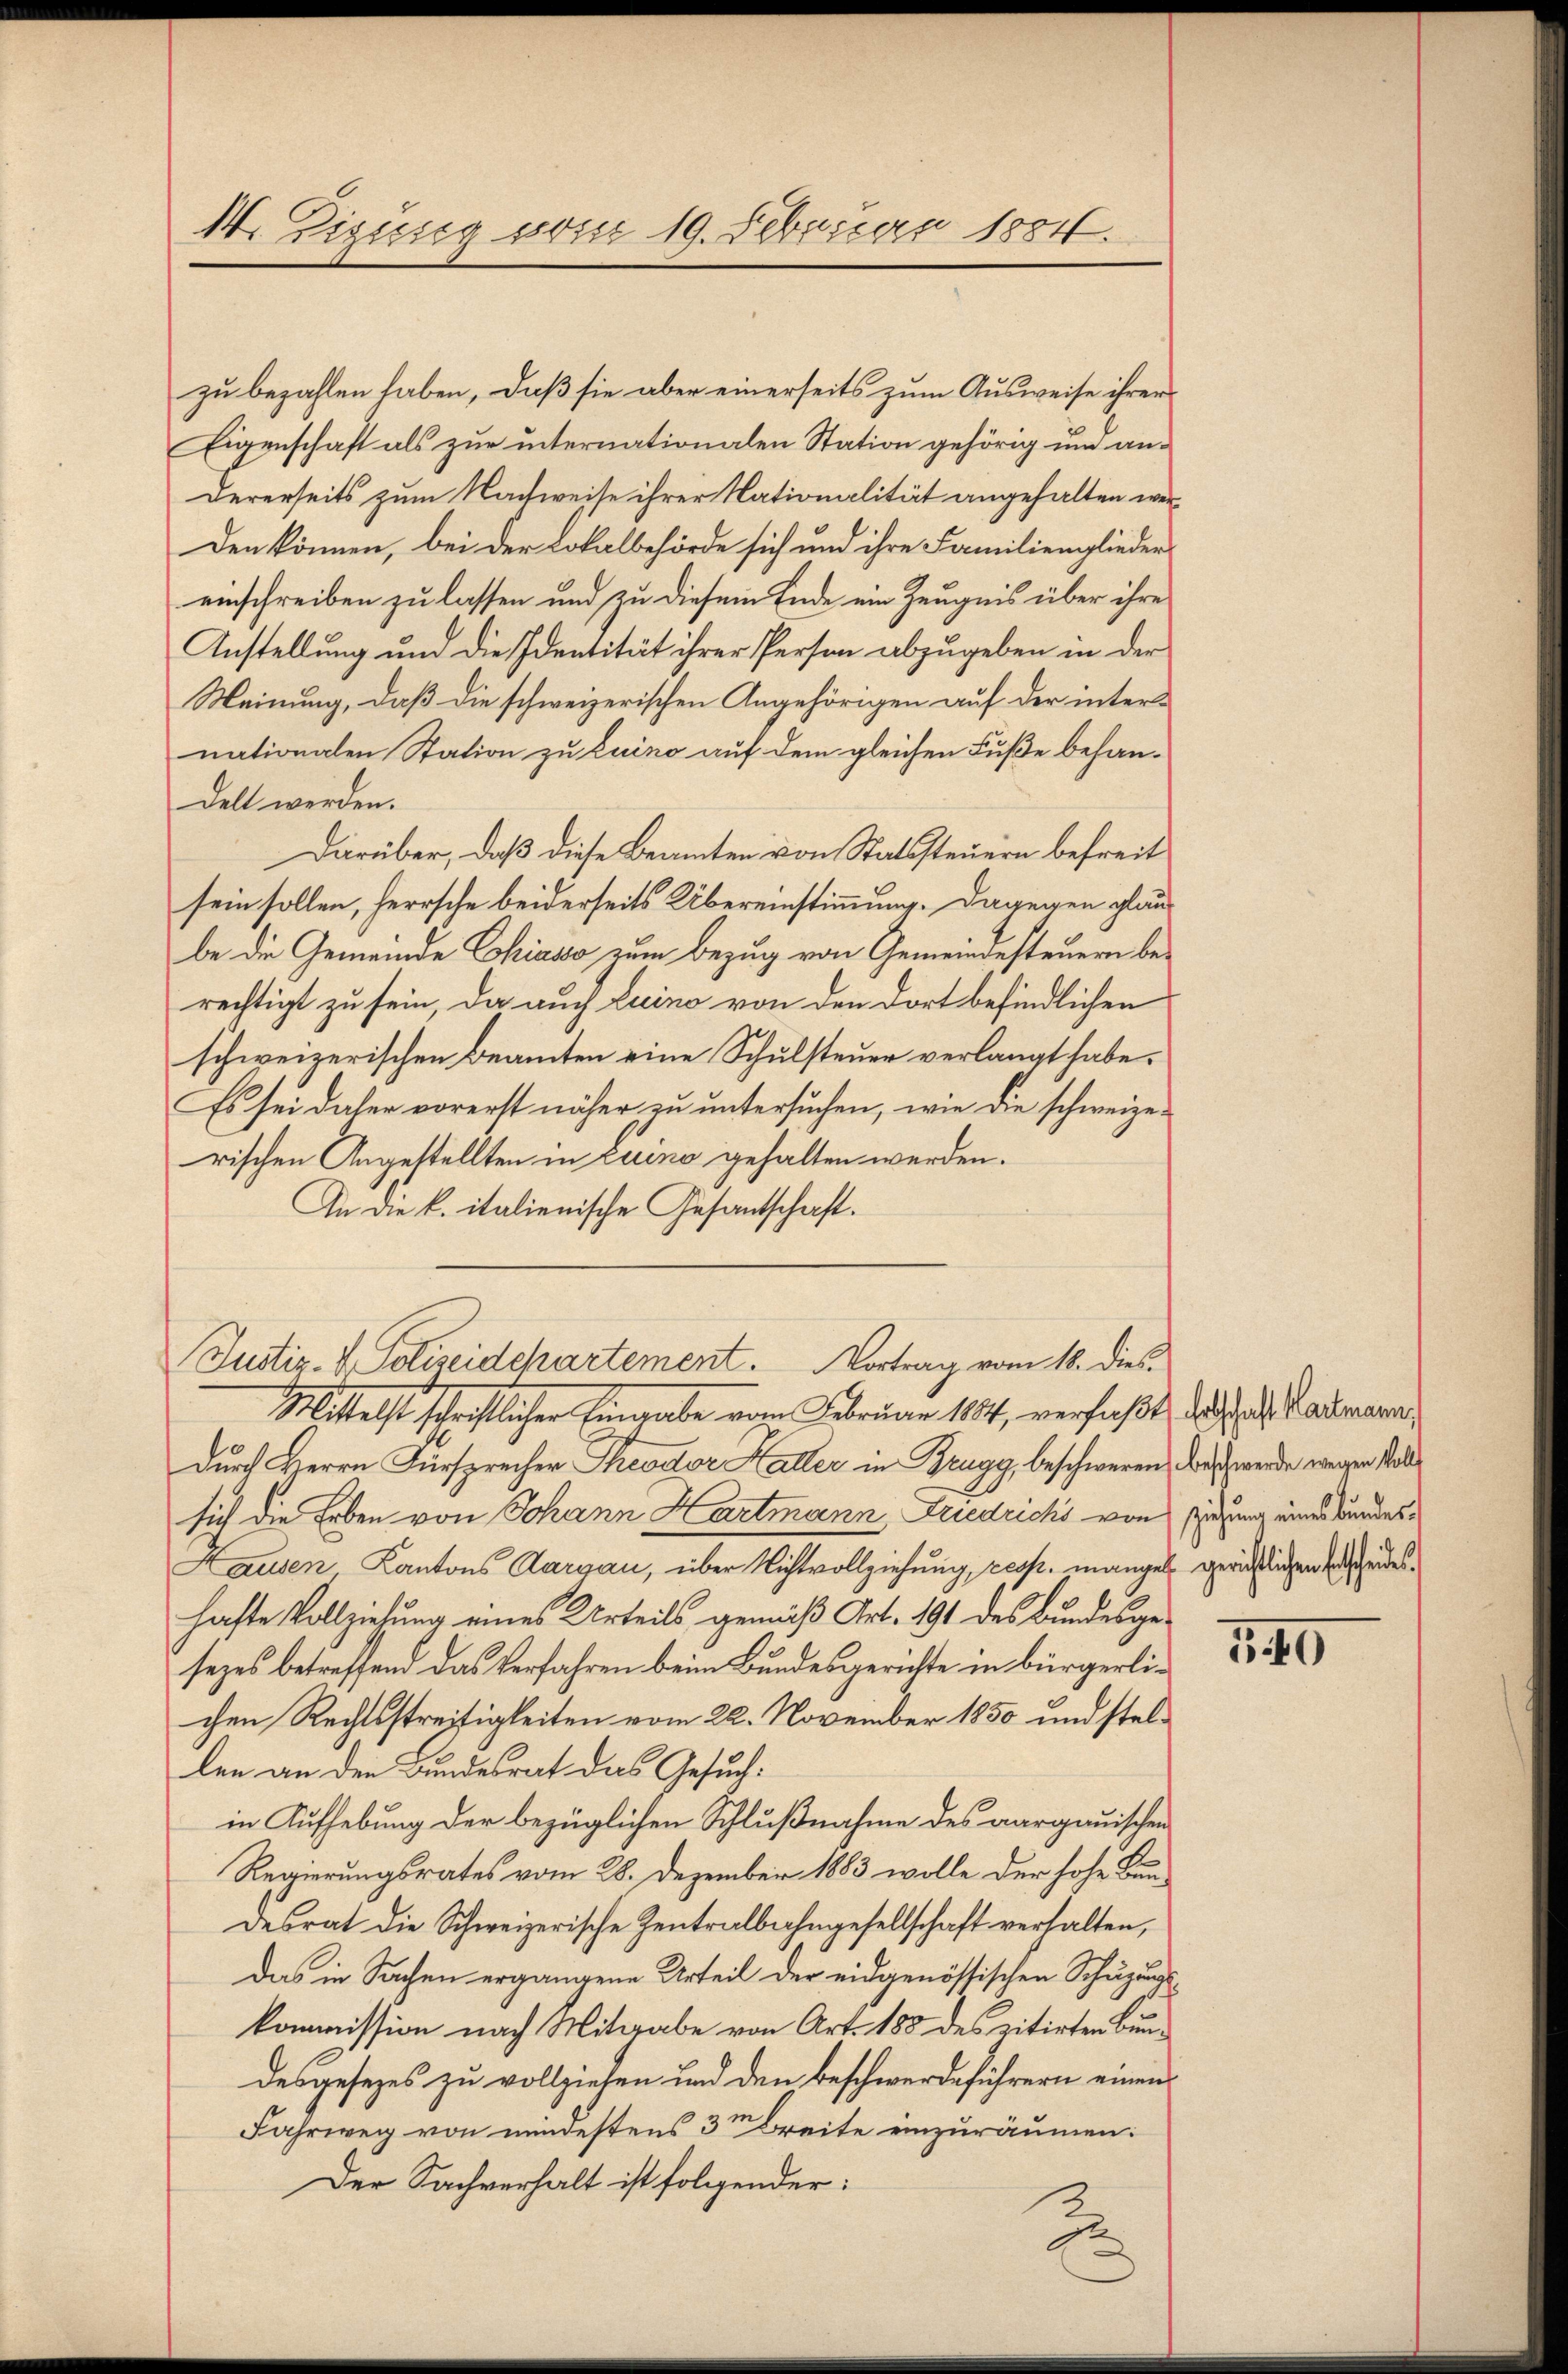
1. Zigung vom 19. Februar 1884.

zu bezahlen haben, daß sie aber einerseits zum Ausweise ihrer
Eigenschaft als zur internationalen Station gehörig und andererseits zum Nachweise ihrer Nationalität angehalten werden können, bei der Lokalbehörde sich und ihre Familienglieder
einschreiben zu lassen und zu diesem Ende ein Zeugnis über ihre
Anstellung und die Identität ihrer Person abzugeben in der
Meinung, daß die schweizerischen Angehörigen auf der internationalen Station zu Luino auf dem gleichen Fuße behandelt werden.
Darüber, daß diese Beamten von Statssteuern befreit
sein sollen, herrsche beiderseits Übereinstimmung. Dagegen glaube die Gemeinde Chiasso zum Bezug von Gemeindesteuern berechtigt zu sein, da auch Luino von den dort befindlichen
schweizerischen Beamten eine Schulsteuer verlangt habe.
Es sei daher vorerst näher zu untersuchen, wie die schweizerischen Angestellten in Luino gehalten werden.
An die k. italienische Gesantschaft.
Justiz- & Polizeidchartement. Vortrag vom 18. dies
Mittelst schriftlicher Eingabe vom Februar 1841, verfaßt, dass als Ladenann
Durch Herrn Fürsprecher Theodor Haller in Brugg, beschweren, was werde wegen solle
sich die Erben von Johann Hartmann Friedrichs von setzung einer Bundes¬
Hausen Kantons Aargau, über Nichtvollziehung, resp. mangel gerichtlichen Sachendeshafte Vollziehung eines Urteils gemäß Art. 191 des Bundesgesezes betreffend das Verfahren beim Bundesgerichte in bürgerlichen Rechtsstreitigkeiten vom 22. November 1850 und stellen an den Bundesrat das Gesuch:
in Aufhebung der bezüglichen Schlußnahme des aargauischen
Regierungsrates vom 28. Dezember 1883 wolle der hohe Bundesrat die Schweizerische Zentralbahngesellschaft verhalten,
das in Sachen ergangene Urteil der eidgenössischen Schüzungs
kommission nach Mitgabe von Art. 188 des zitirten Bundesgesezes zu vollziehen und den beschwerdeführern einen
Fahrweg von mindestens 3ten Breite einzuräumen:
Der Sachverhalt ist folgender:
2

340